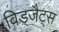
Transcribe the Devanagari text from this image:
विड्जैट्स